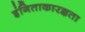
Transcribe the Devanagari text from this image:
इंगिताकारज्ञता